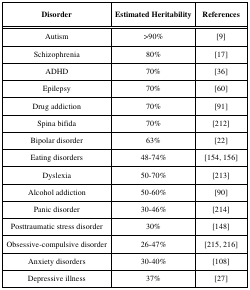
<table><thead><tr><td><b>Disorder</b></td><td><b>Estimated Heritability</b></td><td><b>References</b></td></tr></thead><tbody><tr><td>Autism</td><td>&gt;90%</td><td>[9]</td></tr><tr><td>Schizophrenia</td><td>80%</td><td>[17]</td></tr><tr><td>ADHD</td><td>70%</td><td>[36]</td></tr><tr><td>Epilepsy </td><td>70%</td><td>[60]</td></tr><tr><td>Drug addiction</td><td>70%</td><td>[91]</td></tr><tr><td>Spina bifida</td><td>70%</td><td>[212]</td></tr><tr><td>Bipolar disorder</td><td>63%</td><td>[22]</td></tr><tr><td>Eating disorders</td><td>48-74%</td><td>[154, 156]</td></tr><tr><td>Dyslexia </td><td>50-70%</td><td>[213]</td></tr><tr><td>Alcohol addiction</td><td>50-60%</td><td>[90]</td></tr><tr><td>Panic disorder</td><td>30-46% </td><td>[214]</td></tr><tr><td>Posttraumatic stress disorder</td><td>30%</td><td>[148]</td></tr><tr><td>Obsessive-compulsive disorder</td><td>26-47%</td><td>[215, 216]</td></tr><tr><td>Anxiety disorders</td><td>30-40%</td><td>[108]</td></tr><tr><td>Depressive illness</td><td>37%</td><td>[27]</td></tr></tbody></table>